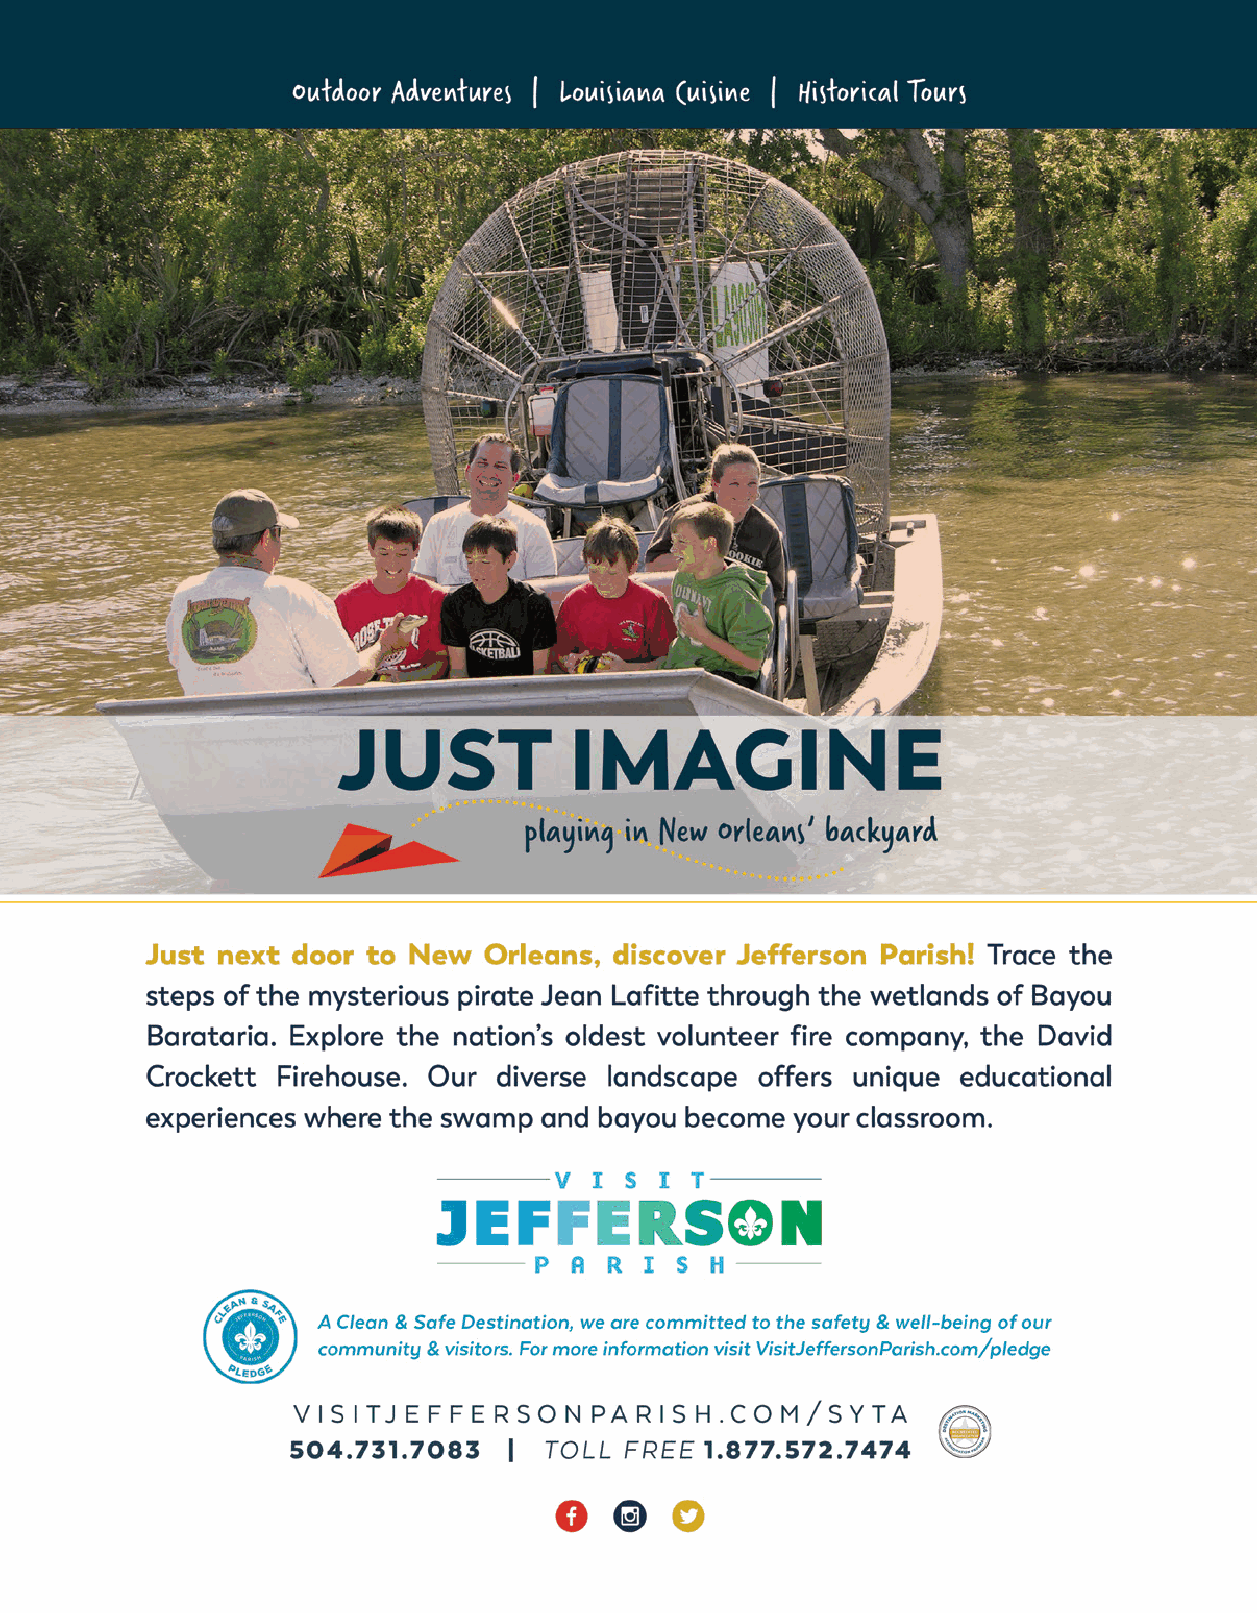
International (continued...)
 COSTA RICA
 Costa Rica Travel Excellence www.travelexcellence.com
 Green World Adventures - Costa Rica www.greenworldadventures.com
 ECUADOR
 Pure! Travel Group www.pure-travelgroup.com
 FRANCE
 Voyages Services Plus www.vsp-incoming.com
 GERMANY
 Appina Travel www.appina-travel.com
 Kerstin Wegen - WegenKunstReisen www.wegenkunstreisen.de
 OIK - Organization for International Contacts gGmbH www.oik.org
 ICELAND
 GJ Travel - Iceland & Greenland www.gjtravel.is
 Iceland Travel www.icelandtravel.is
 INDIA
 RIAM Consulting, LLC www.riam-explorers.com
 IRELAND
 Abbey Ireland & UK www.abbey.ie
 ISRAEL
 Vered HaSharon Travel & Tours www.veredgo.com
 NETHERLANDS
 Tiqets www.tiqets.com
 Wens Travel www.wenstravel.com
 NEW ZEALAND
 Tour Time / www.tourtime.co.nz
 Contact: Brent Imrie, brent@tourtime.co.nz / brent@tourtime.com/au / Phone: +64 9 426 8037
 Family owned Financially Bonded New Zealand/Australia receptive group tour operators, 30yrs in business. Music, Sports, Educational specialists.
 Official Travel Partner: World Choir Games (NZ 2024), Gold Coast Games
 PERU
 Coltur Peru www.colturperu.com
 SPAIN
 Spain Is Music www.spainismusic.com
 THAILAND
 The Green Lion www.thegreenlion.net
 UNITED KINGDOM
 Live Travel and Tours www.livetravelandtours.com
 Pathfinders www.pathfinders.co.uk
 Sovereign Tourism www.sovereigntourism.com
 15